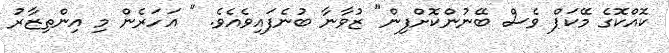
ކޮއްކޮގެ މޭކަޕް ވެސް ބޭނުންކޮށްފިން" ޒުވާނާ ބުނެފައިވެއެވެ. " އަހަރެން މި އިންތިޒާރު